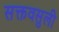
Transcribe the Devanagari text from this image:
सक्तवसुली